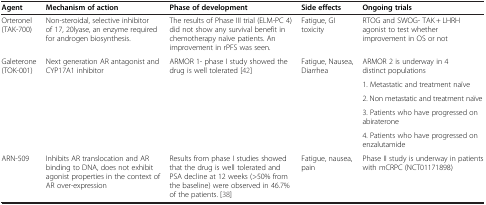
| Agent | Mechanism of action | Phase of development | Side effects | Ongoing trials |
 | --- | --- | --- | --- | --- |
 | Orteronel (TAK-700) | Non-steroidal, selective inhibitor of 17, 20lyase, an enzyme required for androgen biosynthesis. | The results of Phase III trial (ELM-PC 4) did not show any survival benefit in chemotherapy naïve patients. An improvement in rPFS was seen. | Fatigue, GI toxicity | RTOG and SWOG- TAK + LHRH agonist to test whether improvement in OS or not |
 | <ROWSPAN=5> Galeterone (TOK-001) | <ROWSPAN=5> Next generation AR antagonist and CYP17A1 inhibitor | <ROWSPAN=5> ARMOR 1- phase I study showed the drug is well tolerated [42] | <ROWSPAN=5> Fatigue, Nausea, Diarrhea | ARMOR 2 is underway in 4 distinct populations |
 | 1. Metastatic and treatment naïve |
 | 2. Non metastatic and treatment naïve |
 | 3. Patients who have progressed on abiraterone |
 | 4. Patients who have progressed on enzalutamide |
 | ARN-509 | Inhibits AR translocation and AR binding to DNA, does not exhibit agonist properties in the context of AR over-expression | Results from phase I studies showed that the drug is well tolerated and PSA decline at 12 weeks (>50% from the baseline) were observed in 46.7% of the patients. [38] | Fatigue, nausea, pain | Phase II study is underway in patients with mCRPC (NCT01171898) |